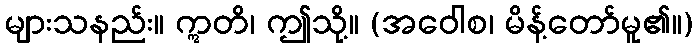
များသနည်း။ ဣတိ၊ ဤသို့။ (အဝေါစ၊ မိန့်တော်မူ၏။)